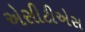
એસીટીએસ